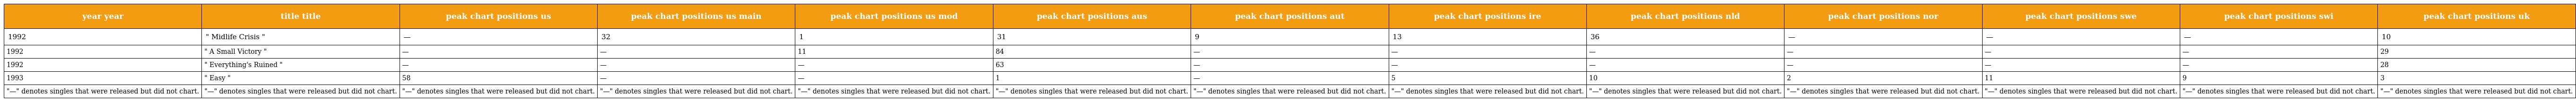
| year year | title title | peak chart positions us | peak chart positions us main | peak chart positions us mod | peak chart positions aus | peak chart positions aut | peak chart positions ire | peak chart positions nld | peak chart positions nor | peak chart positions swe | peak chart positions swi | peak chart positions uk |
 | --- | --- | --- | --- | --- | --- | --- | --- | --- | --- | --- | --- | --- |
 | 1992 | " Midlife Crisis " | — | 32 | 1 | 31 | 9 | 13 | 36 | — | — | — | 10 |
 | 1992 | " A Small Victory " | — | — | 11 | 84 | — | — | — | — | — | — | 29 |
 | 1992 | " Everything's Ruined " | — | — | — | 63 | — | — | — | — | — | — | 28 |
 | 1993 | " Easy " | 58 | — | — | 1 | — | 5 | 10 | 2 | 11 | 9 | 3 |
 | "—" denotes singles that were released but did not chart. | "—" denotes singles that were released but did not chart. | "—" denotes singles that were released but did not chart. | "—" denotes singles that were released but did not chart. | "—" denotes singles that were released but did not chart. | "—" denotes singles that were released but did not chart. | "—" denotes singles that were released but did not chart. | "—" denotes singles that were released but did not chart. | "—" denotes singles that were released but did not chart. | "—" denotes singles that were released but did not chart. | "—" denotes singles that were released but did not chart. | "—" denotes singles that were released but did not chart. | "—" denotes singles that were released but did not chart. |